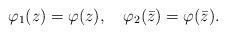
LaTeX: \begin{align*} \varphi _1(z) = \varphi (z), \quad \varphi _2(\bar{z}) = \varphi (\bar{z}).\end{align*}